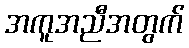
အကူအညီအတွက်